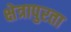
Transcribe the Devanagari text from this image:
क्षेत्रापुरता